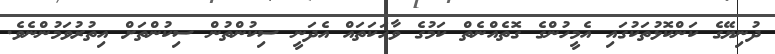
ދުނިޔޭގެ ކަންކޮޅުތަކުގައި އެމީހުންގެ ގޮތެއްނެތް ކަމުގެ ވާހަކަތައް އެދަނީ ސިކުންތުން ސިކުންތަށް އިތުރުވަމުންނެވެ.